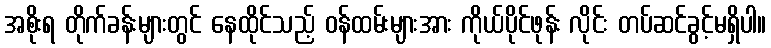
အစိုးရ တိုက်ခန်းများတွင် နေထိုင်သည့် ဝန်ထမ်းများအား ကိုယ်ပိုင်ဖုန်း လိုင်း တပ်ဆင်ခွင့်မရှိပါ။